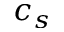
c _ { s }